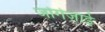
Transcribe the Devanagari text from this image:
जोगेज़ाई